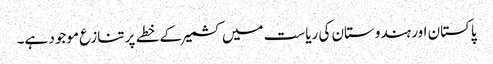
پاکستان اور ہندوستان کی ریاست میں کشمیر کے خطے پر تنازع موجود ہے۔